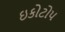
ઇકોટોપ